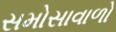
સમોસાવાળો